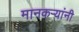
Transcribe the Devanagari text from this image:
मानकऱ्यांनी